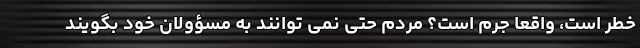
خطر است، واقعاً جرم است؟ مردم حتی نمی توانند به مسؤولان خود بگویند